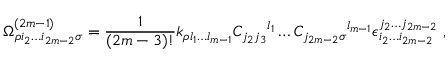
\Omega _ { \rho i _ { 2 } \ldots i _ { 2 m - 2 } \sigma } ^ { ( 2 m - 1 ) } = { \frac { 1 } { ( 2 m - 3 ) ! } } k _ { \rho l _ { 1 } \ldots l _ { m - 1 } } { C _ { j _ { 2 } j _ { 3 } } } ^ { l _ { 1 } } \ldots { C _ { j _ { 2 m - 2 } \sigma } } ^ { l _ { m - 1 } } \epsilon _ { i _ { 2 } \ldots i _ { 2 m - 2 } } ^ { j _ { 2 } \ldots j _ { 2 m - 2 } } \, \, ,